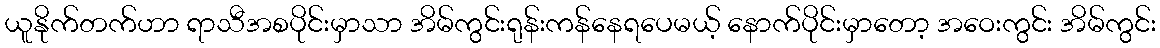
ယူနိုက်တက်ဟာ ရာသီအစပိုင်းမှာသာ အိမ်ကွင်းရုန်းကန်နေရပေမယ့် နောက်ပိုင်းမှာတော့ အဝေးကွင်း အိမ်ကွင်း